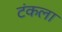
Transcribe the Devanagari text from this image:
टंकला